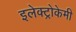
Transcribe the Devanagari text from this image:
इलेक्ट्रोकेमी